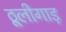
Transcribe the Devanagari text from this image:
ठूलीगाड़